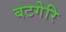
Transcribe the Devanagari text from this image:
बटगेरि